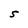
Character: s